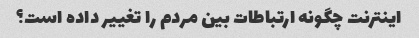
اینترنت چگونه ارتباطات بین مردم را تغییر داده است؟